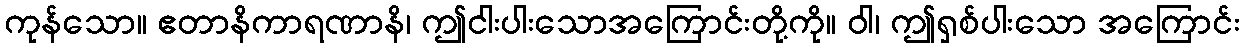
ကုန်သော။ ဧတာနိကာရဏာနိ၊ ဤငါးပါးသောအကြောင်းတို့ကို။ ဝါ၊ ဤရှစ်ပါးသော အကြောင်း